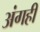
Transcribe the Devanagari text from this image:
अंगही